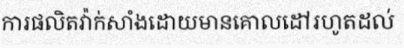
ការផលិតវ៉ាក់សាំងដោយមានគោលដៅរហូតដល់